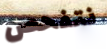
نتفحص